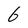
Character: 6